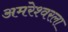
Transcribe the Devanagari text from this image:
अमरेश्वरला